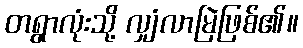
တရွာလုံးသို့ လျှံလာမြဲဖြစ်၏။